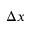
\Delta x